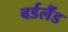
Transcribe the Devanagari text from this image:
बर्डलैंड